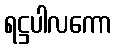
ရဋ္ဌပါလကော